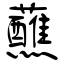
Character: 蘸